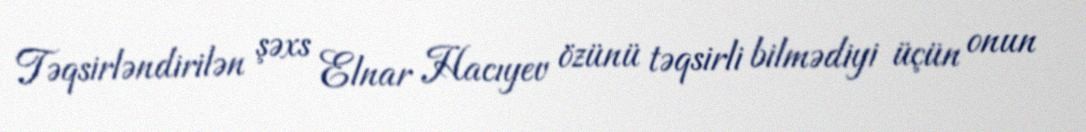
Təqsirləndirilən şəxs Elnar Hacıyev özünü təqsirli bilmədiyi üçün onun